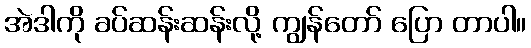
အဲဒါကို ခပ်ဆန်းဆန်းလို့ ကျွန်တော် ပြော တာပါ။